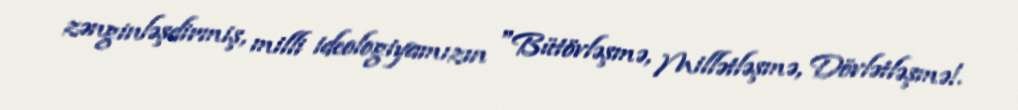
zənginləşdirmiş, milli ideologiyamızın "Bütövləşmə, Millətləşmə, Dövlətləşmə!.